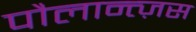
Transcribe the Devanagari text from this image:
पौलान्त्ज़स